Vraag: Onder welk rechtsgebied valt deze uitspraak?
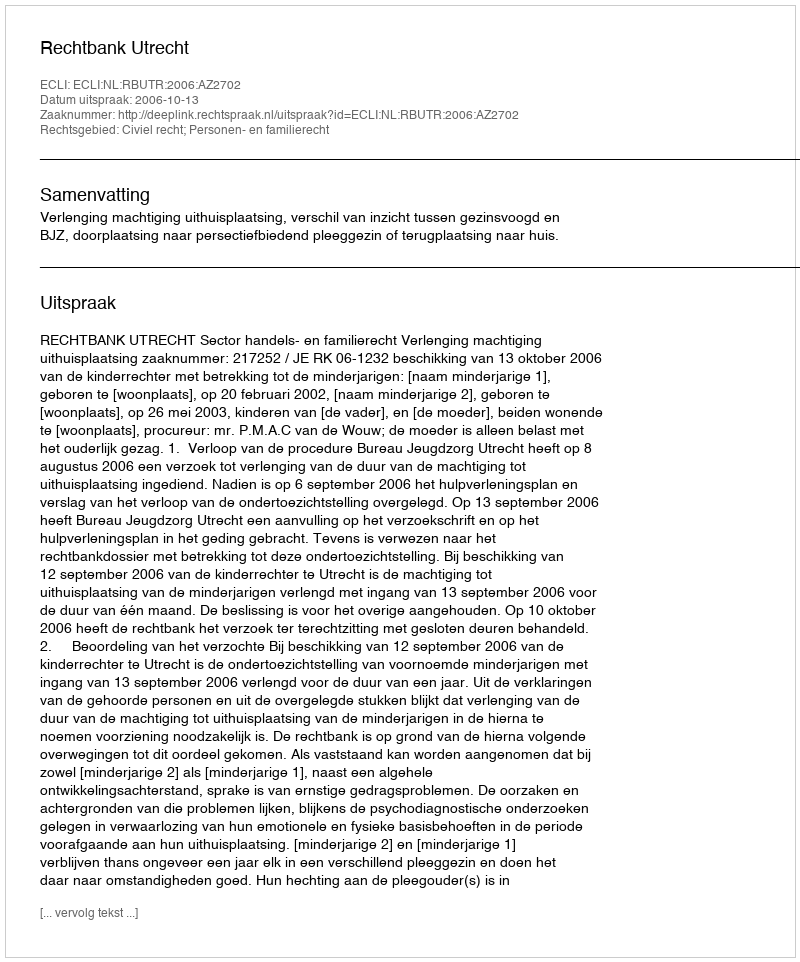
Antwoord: Civiel recht; Personen- en familierecht